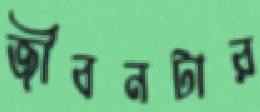
জীবনটার